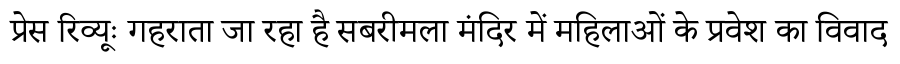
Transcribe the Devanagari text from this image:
प्रेस रिव्यूः गहराता जा रहा है सबरीमला मंदिर में महिलाओं के प्रवेश का विवाद